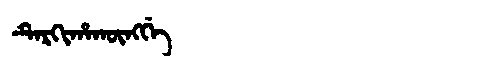
Manchu: ᡨᡝᡵᡴᡳᡥᠠᡴᡡᠩᡤᡝ
Romanization: TERKIHAKŪNGGE